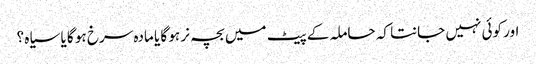
اور کوئی نہیں جانتا کہ حاملہ کے پیٹ میں بچہ نر ہو گا یا مادہ سرخ ہو گا یا سیاہ ؟